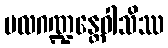
ပလဂဏ္ဍန္တေဝါသိဿ